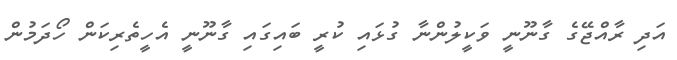
އަދި ރާއްޖޭގެ ގާނޫނީ ވަކީލުންނާ ގުޅައި ކުރީ ބައިގައި ގާނޫނީ އެހީތެރިކަން ހޯދަމުން